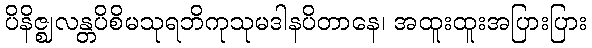
ပိနိဇ္ဈလန္တပိစိမသုရဘိကုသုမဒါနပိတာနေ၊ အထူးထူးအပြားပြား